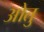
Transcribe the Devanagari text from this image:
ओतु